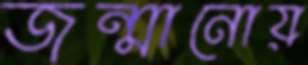
জন্মানোয়